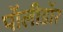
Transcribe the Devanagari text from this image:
पॉलीडॉर